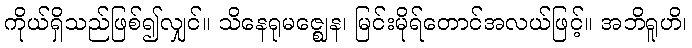
ကိုယ်ရှိသည်ဖြစ်၍လျှင်။ သိနေရုမဇ္ဈေန၊ မြင်းမိုရ်တောင်အလယ်ဖြင့်။ အဘိရူဟိ၊